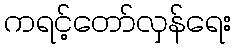
ကရင့်တော်လှန်ရေး